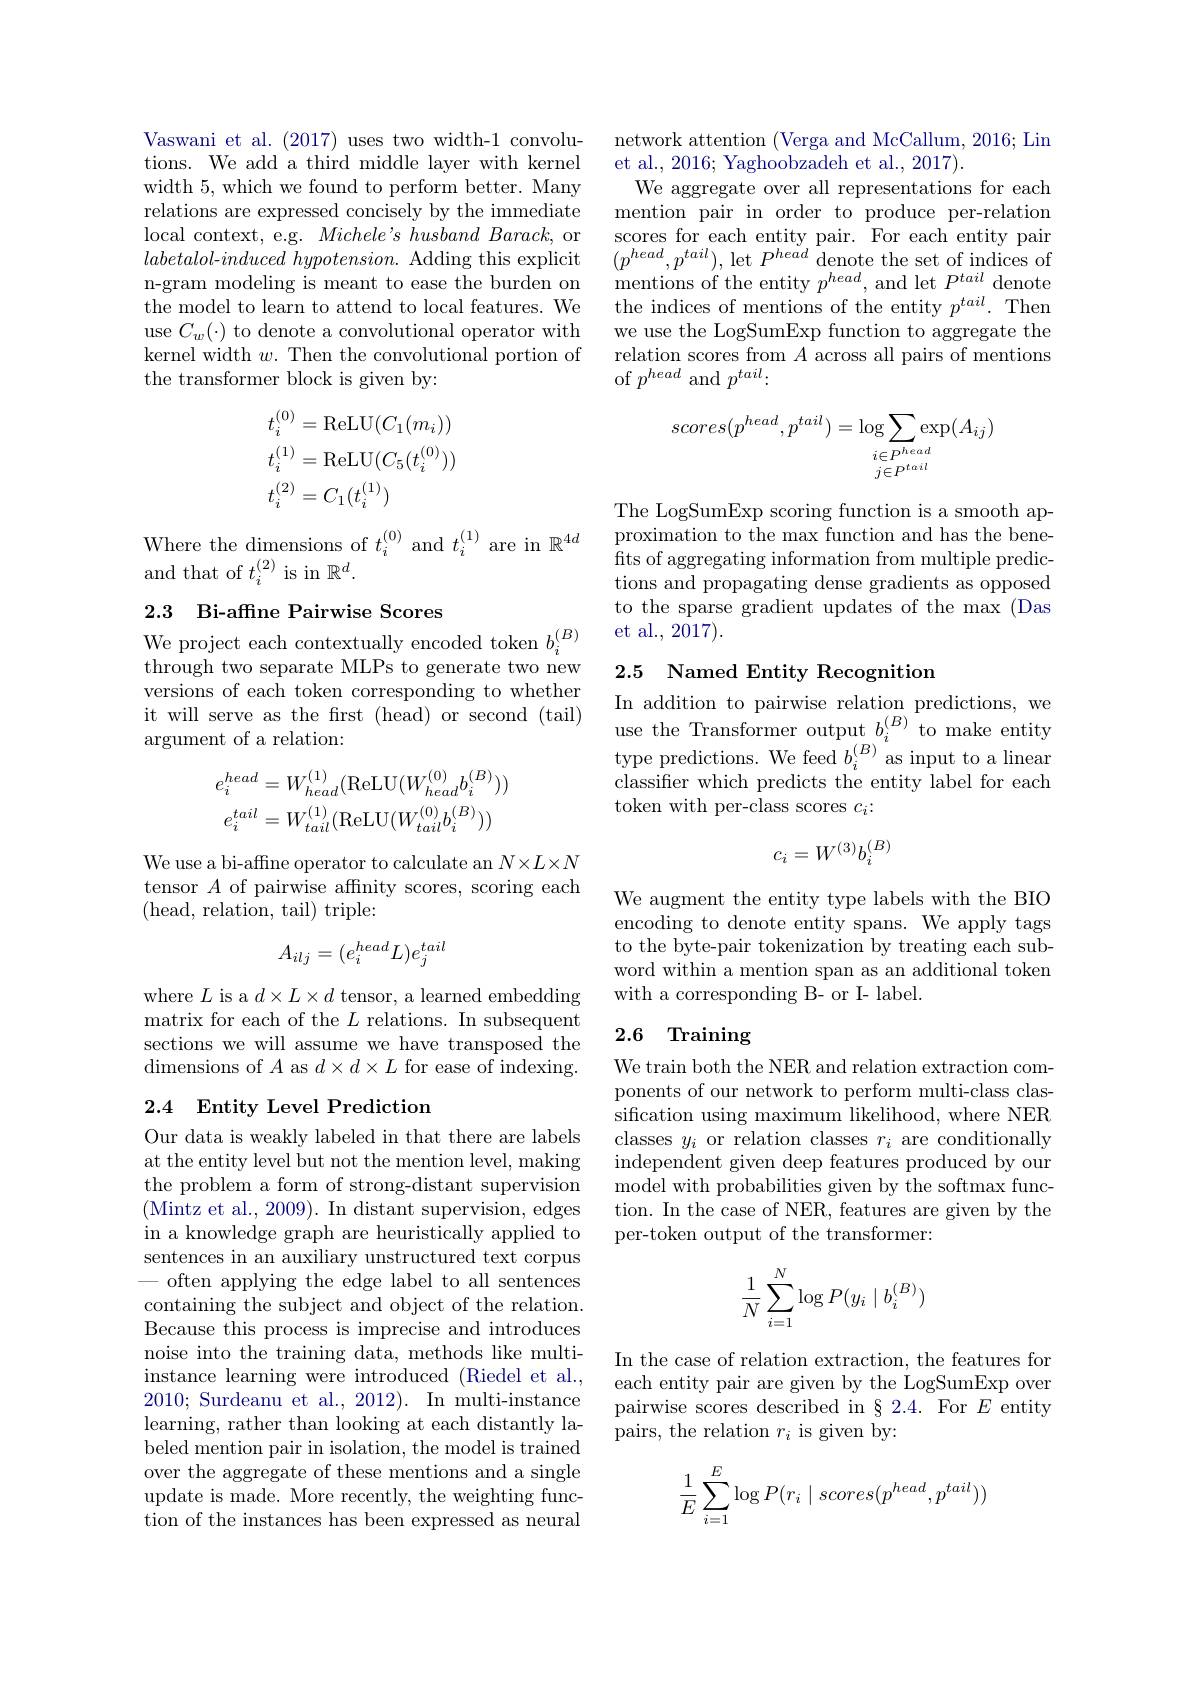
Vaswani et al. (2017) uses two width-1 convolutions. We add a third middle layer with kernel width 5, which we found to perform better. Many relations are expressed concisely by the immediate local context, e.g. Michele's husband Barack, or $labetalol-induced~hypotension.~$Adding this explicit n-gram modeling is meant to ease the burden on the model to learn to attend to local features. We use $C_{w}(\cdot)$ to denote a convolutional operator with kernel width $w.$ Then the convolutional portion of the transformer block is given by:
$$\begin{aligned}&t_{i}^{(0)}=\mathrm{ReLU}(C_{1}(m_{i}))\\&t_{i}^{(1)}=\mathrm{ReLU}(C_{5}(t_{i}^{(0)}))\\&t_{i}^{(2)}=C_{1}(t_{i}^{(1)})\end{aligned}$$
Where the dimensions of $t_i^{(0)}$ and $t_i^{(1)}$ are in $\mathbb{R}^{4d}$
and that of $t_i^{(2)}$ is in $\mathbb{R}^d.$

## 2.3 Bi-affine Pairwise Scores

through two separate MLPs to generate two new versions of each token corresponding to whether it will serve as the first (head) or second (tail) argument of a relation:
$$e_{i}^{head}=W_{head}^{(1)}(\mathrm{ReLU}(W_{head}^{(0)}b_{i}^{(B)}))\\e_{i}^{tail}=W_{tail}^{(1)}(\mathrm{ReLU}(W_{tail}^{(0)}b_{i}^{(B)}))$$
We use a bi-affine operator to calculate an $N\times L\times N$ tensor $A$ of pairwise affinity scores, scoring each (head, relation, tail) triple:
$$A_{ilj}=(e_i^{head}L)e_j^{tail}$$
where $L$ is a $d\times L\times d$ tensor, a learned embedding matrix for each of the $L$ relations. In subsequent sections we will assume we have transposed the dimensions of $A$ as $d\times d\times L$ for ease of indexing.

## 2.4 Entity Level Prediction

Our data is weakly labeled in that there are labels at the entity level but not the mention level, making the problem a form of strong-distant supervision (Mintz et al., 2009). In distant supervision, edges in a knowledge graph are heuristically applied to sentences in an auxiliary unstructured text corpus often applying the edge label to all sentences containing the subject and object of the relation. Because this process is imprecise and introduces noise into the training data, methods like multiinstance learning were introduced (Riedel et al., 2010; Surdeanu et al., 2012). In multi-instance learning, rather than looking at each distantly labeled mention pair in isolation, the model is trained over the aggregate of these mentions and a single update is made. More recently, the weighting function of the instances has been expressed as neural

network attention (Verga and McCallum, 2016; Lin
et al., 2016; Yaghoobzadeh et al., 2017).
We aggregate over all representations for each mention pair in order to produce per-relation scores for each entity pair. For each entity pair $(p^{head},p^{tail})$,let $P^{head}$denote the set of indices of mentions of the entity $p^head$, and let $P^{tail}$ denote the indices of mentions of the entity $p^tail.$ Then we use the LogSumExp function to aggregate the relation scores from $A$ across all pairs of mentions of $p^{head}$ and $p^{tail}:$
$$scores(p^{head},p^{tail})=\log\sum_{\substack{i\in P^{head}\\j\in P^{tail}}}\exp(A_{ij})$$
The LogSumExp scoring function is a smooth approximation to the max function and has the benefits of aggregating information from multiple predictions and propagating dense gradients as opposed to the sparse gradient updates of the max (Das
We project each contextually encoded token $b_i^{(B)}$ et al., 2017).

## 2.5 Named Entity Recognition

In addition to pairwise relation predictions, we use the Transformer output $b_i^{(B)}$ to make entity type predictions. We feed $b_i^{(B)}$as input to a linear classifier which predicts the entity label for each token with per-class scores $c_i:$
$$c_i=W^{(3)}b_i^{(B)}$$
We augment the entity type labels with the BIO encoding to denote entity spans. We apply tags to the byte-pair tokenization by treating each subword within a mention span as an additional token with a corresponding B- or I- label.

## 2.6 Training

We train both the NER and relation extraction components of our network to perform multi-class classification using maximum likelihood, where NER classes $y_i$ or relation classes $r_i$ are conditionally independent given deep features produced by our model with probabilities given by the softmax function. In the case of NER, features are given by the per-token output of the transformer:
$$\begin{aligned}\frac{1}{N}\sum_{i=1}^{N}\log P(y_i\mid b_i^{(B)})\end{aligned}$$
In the case of relation extraction, the features for each entity pair are given by the LogSumExp over pairwise scores described in §2.4. For $E$ entity pairs, the relation $r_i$ is given by:
$$\begin{aligned}\frac{1}{E}\sum_{i=1}^{E}\log P(r_i\mid scores(p^{head},p^{tail}))\end{aligned}$$